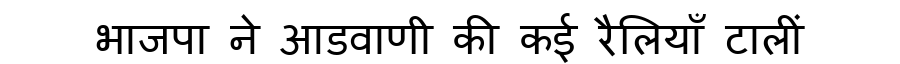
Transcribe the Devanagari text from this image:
भाजपा ने आडवाणी की कई रैलियाँ टालीं